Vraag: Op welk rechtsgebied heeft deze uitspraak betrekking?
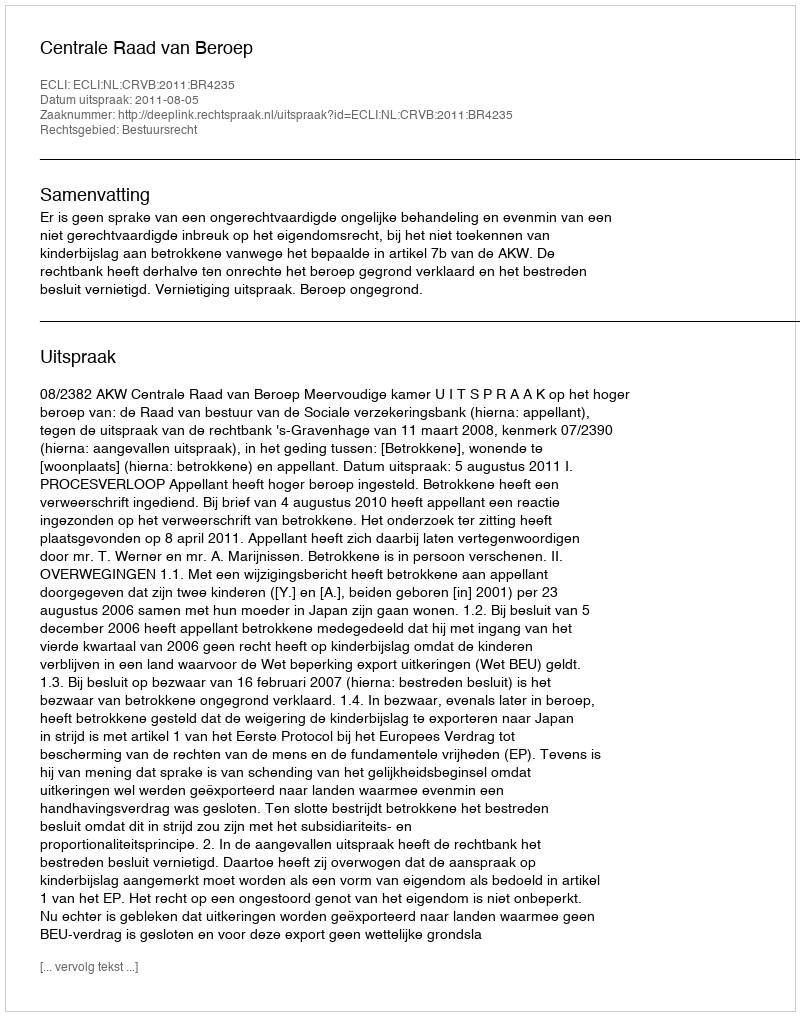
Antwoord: Bestuursrecht